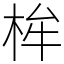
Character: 桙